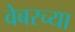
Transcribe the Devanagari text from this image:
वेबरच्या